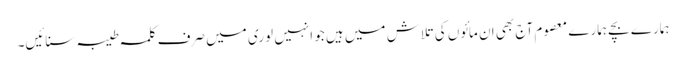
ہمارے بچے ہمارے معصوم آج بھی ان مائوں کی تلاش میں ہیں جو انہیں لوری میں صرف کلمہ طیبہ سنائیں۔